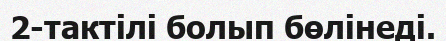
2-тактілі болып бөлінеді.